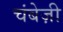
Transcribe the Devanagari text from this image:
चंबेज़ी